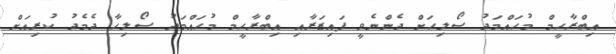
އިބްރާހީމް މުހައްމަދު ސޯލިހަށް ދެންނެވީ ފައިޒަރާއި އިބްރާހީމް މުހައްމަދު ސޯލިހާ ދެމެދު ކުރިއަށް